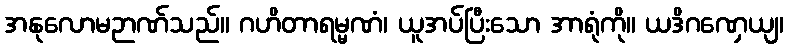
အနုလောမဉာဏ်သည်။ ဂဟိတာရမ္မဏံ၊ ယူအပ်ပြီးသော အာရုံကို။ ယဒိဂဏှေယျ၊